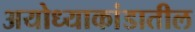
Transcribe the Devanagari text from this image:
अयोध्याकांडातील